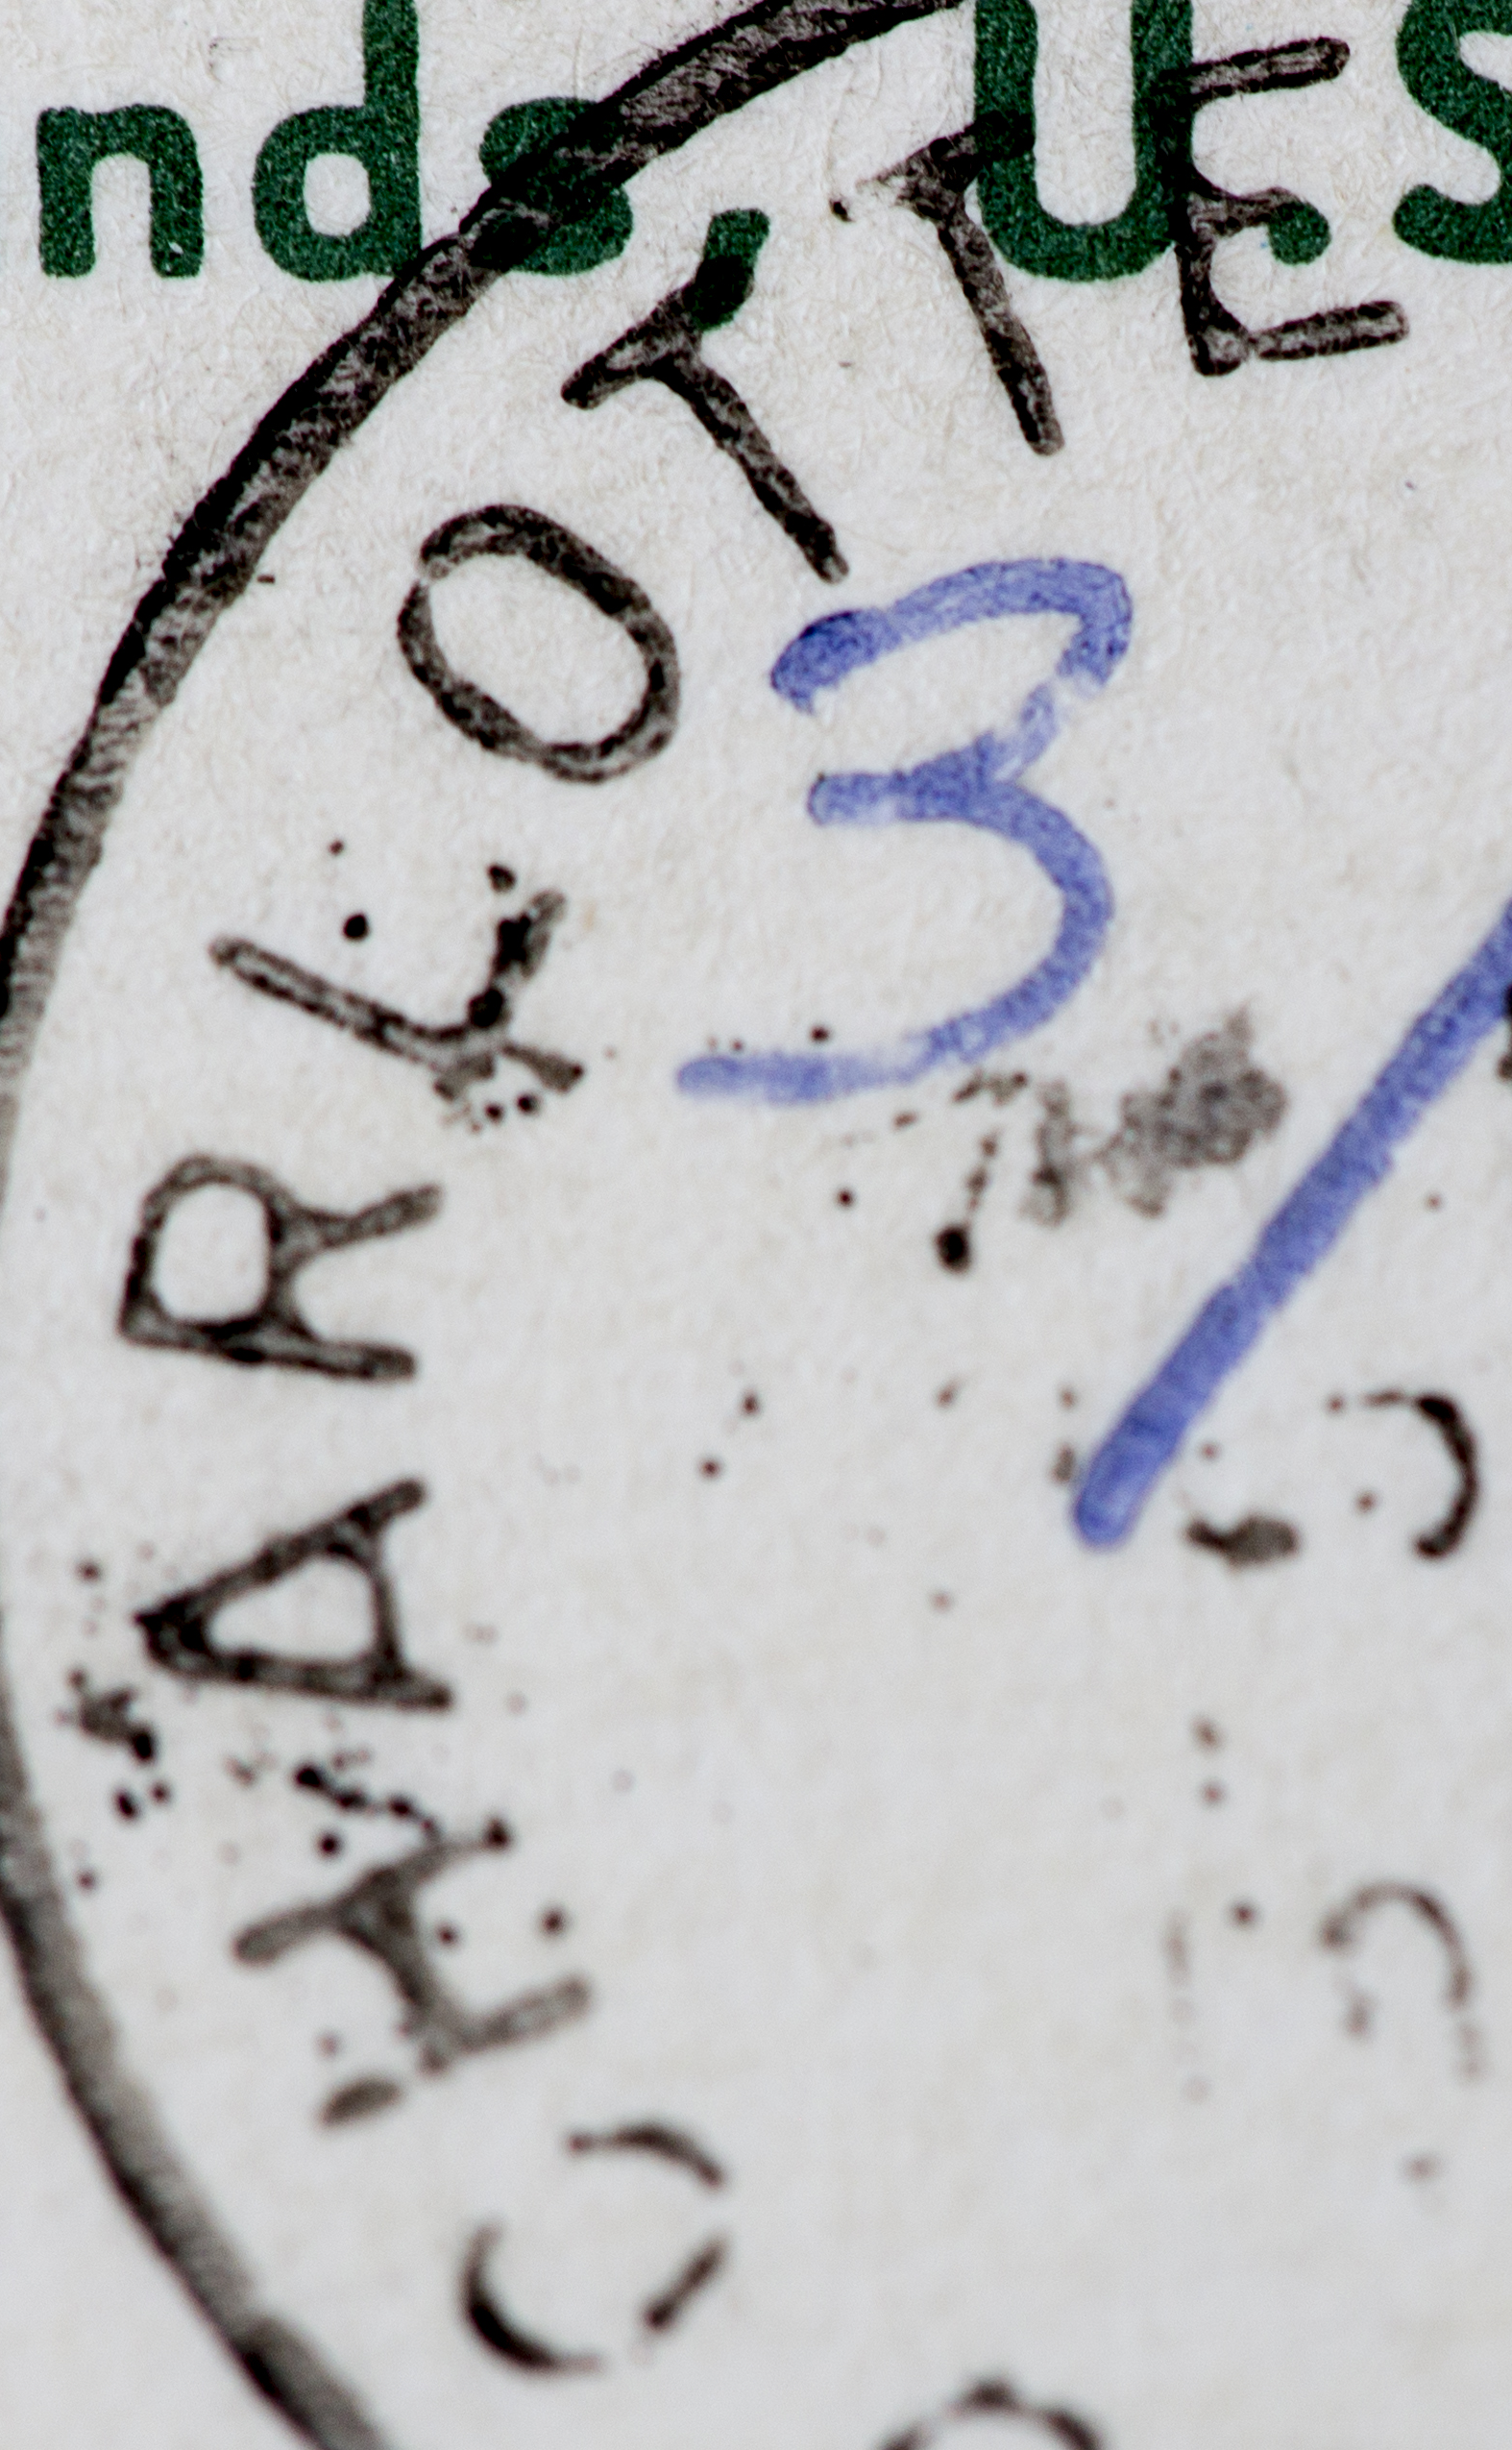
CHARLOTTE